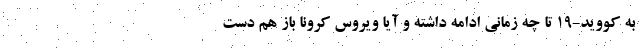
به کووید-۱۹ تا چه زمانی ادامه داشته و آیا ویروسِ کرونا باز هم دست